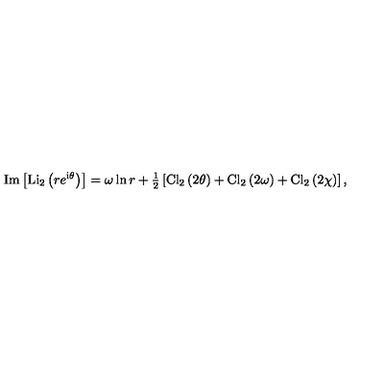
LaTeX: \mathrm { I m } \left[ \mathrm { L i } _ { 2 } \left( r e ^ { { \mathrm { \scriptsize { i } } } \theta } \right) \right] = \omega \ln r + { \textstyle { \frac { 1 } { 2 } } } \left[ \mathrm { C l } _ { 2 } \left( 2 \theta \right) + \mathrm { C l } _ { 2 } \left( 2 \omega \right) + \mathrm { C l } _ { 2 } \left( 2 \chi \right) \right] ,